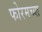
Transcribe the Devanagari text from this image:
फोरमच्या